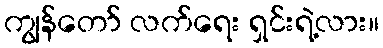
ကျွန်တော် လက်ရေး ရှင်းရဲ့လား။